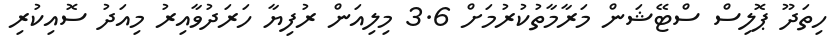
ހިތަދޫ ޕޮލިސް ސްޓޭޝަން މަރާމާތުކުރުމަށް 3.6 މިލިއަން ރުފިޔާ ހަރަދުވާއިރު މިއަދު ސޮއިކުރި